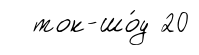
ток-шо́у 20